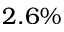
2 . 6 \%